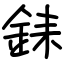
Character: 銇